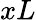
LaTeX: xL